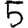
Digit: 5